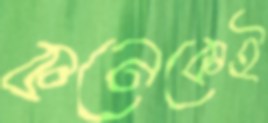
কনেকেই